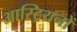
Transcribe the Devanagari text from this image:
आस्ट्रियनों